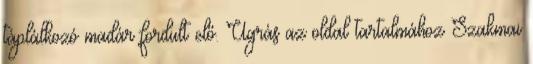
táplálkozó madár fordult elő. Ugrás az oldal tartalmához Szakmai